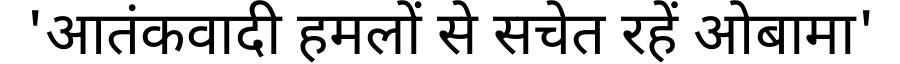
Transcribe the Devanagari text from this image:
'आतंकवादी हमलों से सचेत रहें ओबामा'